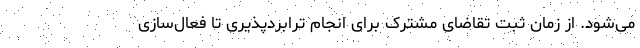
می‌شود. از زمان ثبت تقاضای مشترک برای انجام ترابردپذیری تا فعال‌سازی